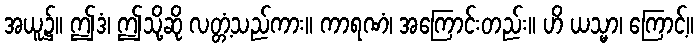
အယူ၌။ ဤဒံ၊ ဤသို့ဆို လတ္တံ့သည်ကား။ ကာရဏံ၊ အကြောင်းတည်း။ ဟိ ယသ္မာ၊ ကြောင့်။